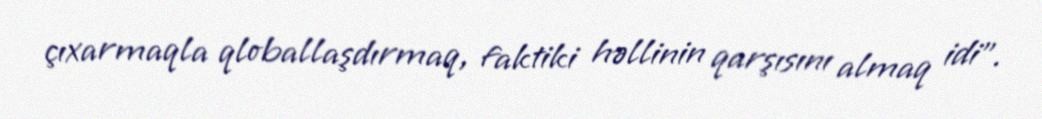
çıxarmaqla qloballaşdırmaq, faktiki həllinin qarşısını almaq idi”.